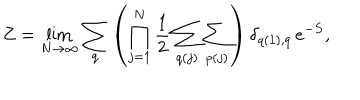
Z = \lim _ { N \rightarrow \infty } \sum _ { q } \left( \prod _ { j = 1 } ^ { N } \frac { 1 } { 2 } \sum _ { q ( j ) } \sum _ { p ( j ) } \right) \delta _ { q ( 1 ) , q } \, e ^ { - S } ,